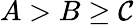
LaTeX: A>B\ge\mathcal{C}